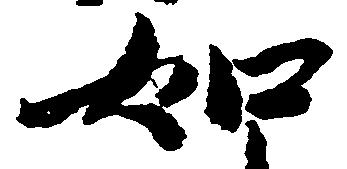
如